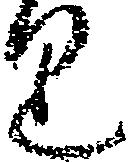
り